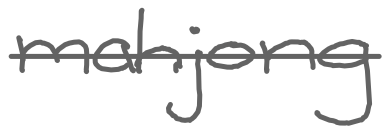
Text: mahjong
Cross-out: single-line
Writing tool: digital_gray